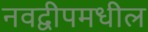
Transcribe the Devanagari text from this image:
नवद्वीपमधील